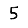
Digit: 5